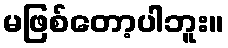
မဖြစ်တော့ပါဘူး။